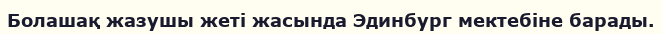
Болашақ жазушы жеті жасында Эдинбург мектебіне барады.